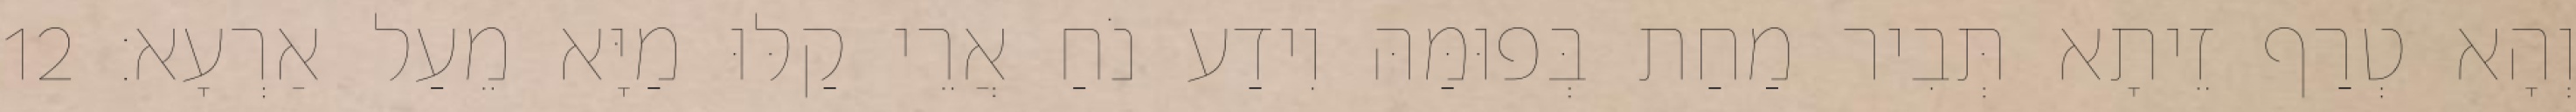
וְהָא טְרַף זֵיתָא תְּבִיר מַחַת בְּפוּמַּהּ וִידַע נֹחַ אֲרֵי קַלּוּ מַיָּא מֵעַל אַרְעָא׃ 12